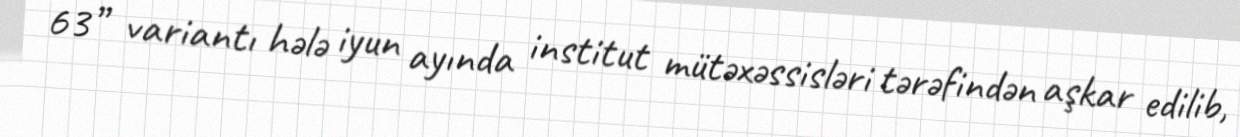
63” variantı hələ iyun ayında institut mütəxəssisləri tərəfindən aşkar edilib,